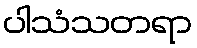
ပါသံသတရာ